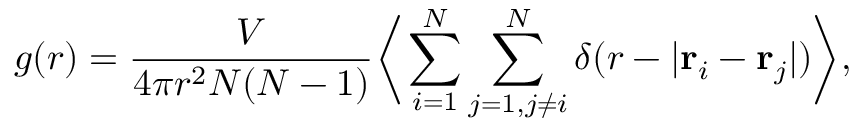
g ( r ) = \frac { V } { 4 \pi r ^ { 2 } N ( N - 1 ) } \bigg \langle \sum _ { i = 1 } ^ { N } \sum _ { j = 1 , j \neq i } ^ { N } \delta ( r - | \mathbf { r } _ { i } - \mathbf { r } _ { j } | ) \bigg \rangle ,